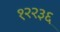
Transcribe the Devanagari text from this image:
१२२३६